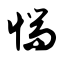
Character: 惴